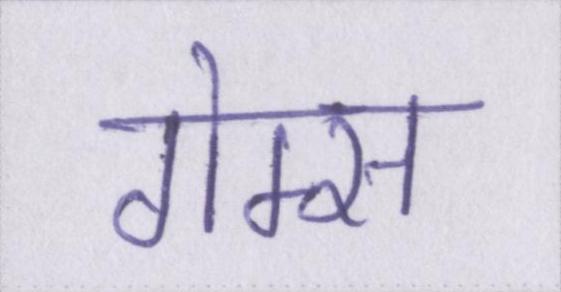
गेम्स